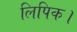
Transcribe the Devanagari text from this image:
लिपिक।